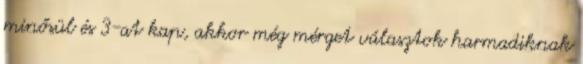
minősül és 3-at kap, akkor még mérget választok harmadiknak